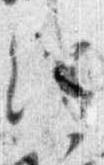
僧